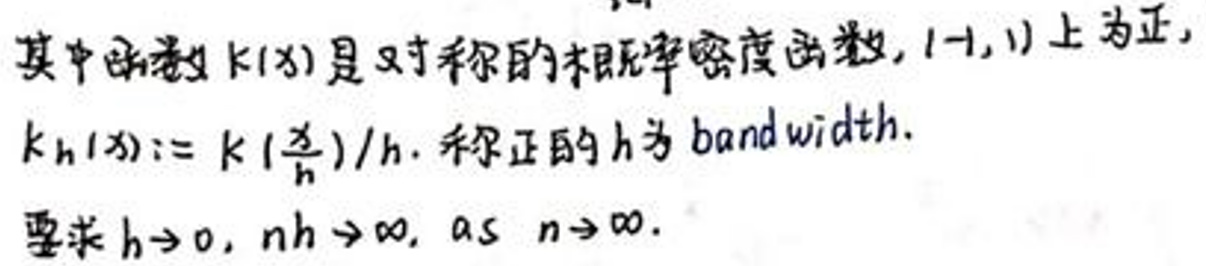
其中函数\(k(x)\)是对称的概率密度函数，\((-1,1)\)上为正，
\[k_{h}(x) := k\left(\frac{x}{h}\right)/h.\] 称正的\(h\)为\(bandwidth\).
要求\(h \to 0\)，\(nh \to \infty\)，\(as\ n \to \infty\).